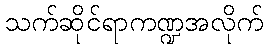
သက်ဆိုင်ရာကဏ္ဍအလိုက်